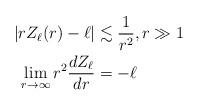
LaTeX: \begin{align*}|r Z_{\ell}(r) - \ell| &\lesssim \frac{1}{r^{2}}, r \gg 1\\\lim_{r \rightarrow \infty} r^{2} \frac{d Z_{\ell}}{d r} &= - \ell\end{align*}